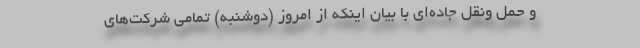
و حمل ونقل جاده‌ای با بیان اینکه از امروز (دوشنبه) تمامی شرکت‌های